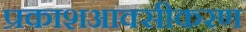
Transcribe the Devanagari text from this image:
प्रकाशआक्सीकरण